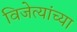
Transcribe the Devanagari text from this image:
विजेत्यांच्या